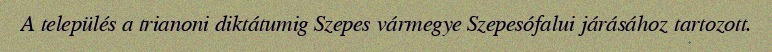
A település a trianoni diktátumig Szepes vármegye Szepesófalui járásához tartozott.